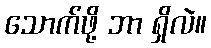
သောက်ဖို့ ဘာ ရှိလဲ။